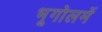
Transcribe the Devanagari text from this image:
भूगोलमें